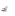
آخر